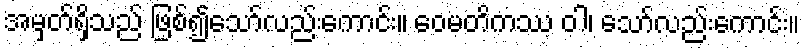
အမှတ်ရှိသည် ဖြစ်၍သော်လည်းကောင်း။ ဝေမတိကဿ ဝါ၊ သော်လည်းကောင်း။